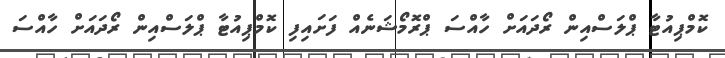
ކޮމްޕިއުޓާ ޕްލަސްއިން ރޯދައަށް ހާއްސަ ޕްރޮމޯޝަނެއް ފަށައިފި ކޮމްޕިއުޓާ ޕްލަސްއިން ރޯދައަށް ހާއްސަ